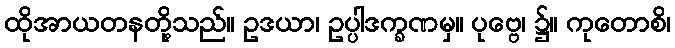
ထိုအာယတနတို့သည်။ ဥဒယာ၊ ဥပ္ပါဒက္ခဏမှ။ ပုဗ္ဗေ၊ ၌။ ကုတောစိ၊